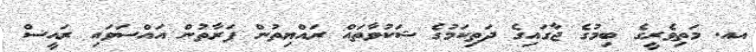
އއ. މަތިވެރީގެ ބިމުގެ ޖާގައިގެ ދަތިކަމުގެ ޝަކުވާތައް ރައްޔިތުން ފަރާތުން އައްސަވައި ރައީސް